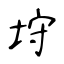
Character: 垨